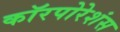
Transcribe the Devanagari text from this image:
कॉरपोरेशंस